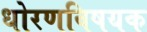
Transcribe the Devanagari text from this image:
धोरणविषयक